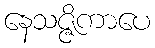
နေသဇ္ဇိကာပေ